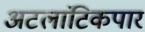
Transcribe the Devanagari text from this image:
अटलांटिकपार